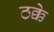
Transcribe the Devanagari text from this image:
ठक्के